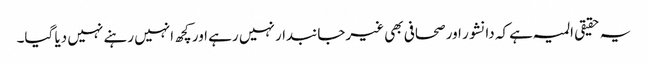
یہ حقیقی المیہ ہے کہ دانشور اور صحافی بھی غیرجانبدار نہیں رہے اور کچھ انہیں رہنے نہیں دیا گیا۔